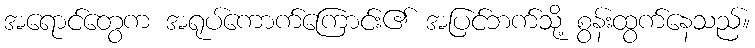
အရောင်တွေက အရုပ်ကောက်ကြောင်း၏ အပြင်ဘက်သို့ စွန်းထွက်နေသည်။